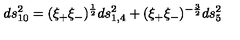
d s _ { 1 0 } ^ { 2 } = ( \xi _ { + } \xi _ { - } ) ^ { \frac { 1 } { 2 } } d s _ { 1 , 4 } ^ { 2 } + ( \xi _ { + } \xi _ { - } ) ^ { - { \frac { 3 } { 2 } } } d s _ { 5 } ^ { 2 }